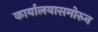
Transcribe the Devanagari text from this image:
कार्यालयासमोरुन